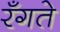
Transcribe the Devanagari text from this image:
रँगते